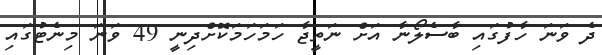
ދެ ވަނަ ހާފުގައި ބާސެލޯނާ އަށް ނަތީޖާ ހަމަހަމަކޮށްދިނީ 49 ވަނަ މިނެޓުގައި